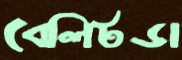
বেলিটডা